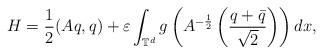
LaTeX: \begin{align*}H=\frac12(Aq,q)+\varepsilon \int_{\mathbb{T}^d}g\left(A^{-\frac12}\left(\frac{q+\bar q}{\sqrt{2}}\right)\right)dx,\end{align*}